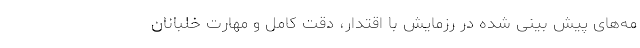
مه‌های پیش بینی شده در رزمایش با اقتدار، دقت کامل و مهارت خلبانان